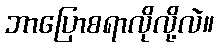
ဘာပြောစရာလိုလို့လဲ။